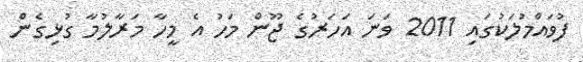
ފުވައްމުލަކުގައި 2011 ވަނަ އަހަރުގެ ޖޫން މަހު އެ މީހާ މަރާލުމާ ގުޅިގެން